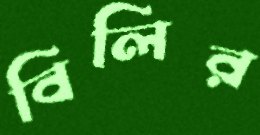
বিলির